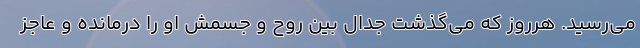
می‌رسید. هرروز که می‌گذشت جدال بین روح و جسمش او را درمانده و عاجز